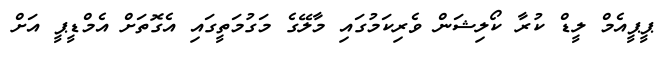
ޕީޕީއެމް ލީޑް ކުރާ ކޯލިޝަން ވެރިކަމުގައި މާލޭގެ މަގުމަތީގައި އެގޮތަށް އެމްޑީޕީ އަށް